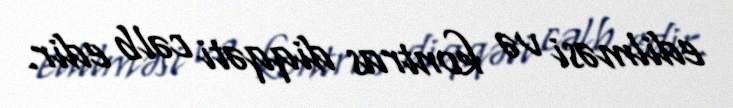
edilməsi və kontras diqqəti cəlb edir.